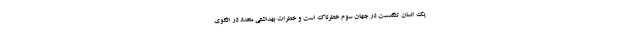
یک انسان تنگدست در جهان سوم خطرناک است و خطرات بهداشتی متعدد در الگوی